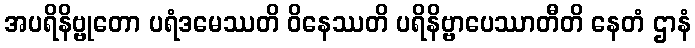
အပရိနိဗ္ဗုတော ပရံဒမေဿတိ ဝိနေဿတိ ပရိနိဗ္ဗာပေဿာတီတိ နေတံ ဌာနံ